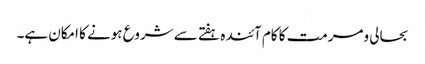
بحالی ومرمت کا کام آئندہ ہفتے سے شروع ہونے کا امکان ہے۔